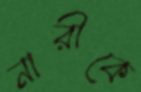
নারীকে